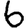
Digit: 6